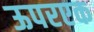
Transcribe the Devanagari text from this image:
ऊपरएक